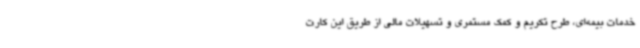
خدمات بیمه‌ای، طرح تکریم و کمک مستمری و تسهیلات مالی از طریق این کارت